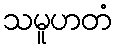
သမူဟတံ